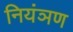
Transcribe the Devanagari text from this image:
नियंञण